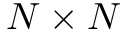
N \times N